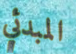
المبدئي